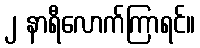
၂ နာရီလောက်ကြာရင်။